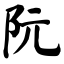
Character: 阮